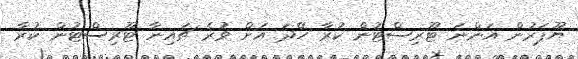
ޔޫޕަރުން އަންނަ ޓޫރިސްޓުން ކުރާ ހޭދަ އަށް ވުރެ ޗައިނާ ޓޫރިސްޓުން ކުރާ